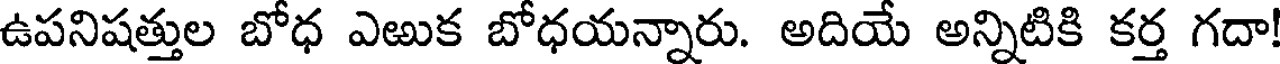
ఉపనిషత్తుల బోధ ఎఱుక బోధయన్నారు. అదియే అన్నిటికి కర్త గదా!